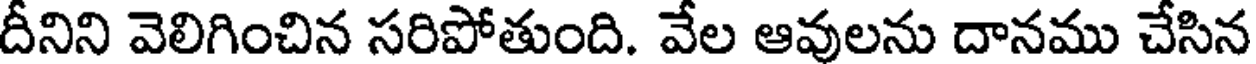
దీనిని వెలిగించిన సరిపోతుంది. వేల ఆవులను దానము చేసిన